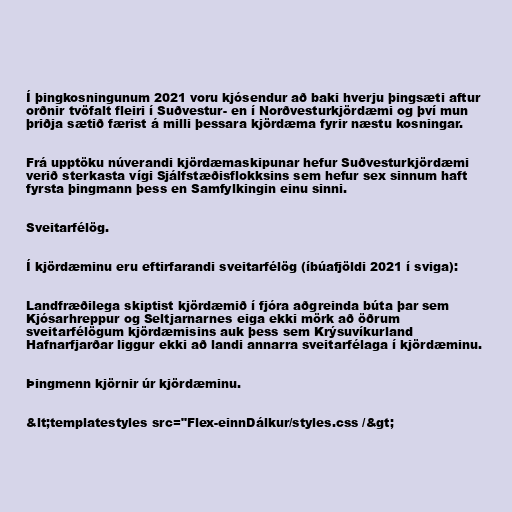
Í þingkosningunum 2021 voru kjósendur að baki hverju þingsæti aftur
orðnir tvöfalt fleiri í Suðvestur- en í Norðvesturkjördæmi og því mun
þriðja sætið færist á milli þessara kjördæma fyrir næstu kosningar.

Frá upptöku núverandi kjördæmaskipunar hefur Suðvesturkjördæmi
verið sterkasta vígi Sjálfstæðisflokksins sem hefur sex sinnum haft
fyrsta þingmann þess en Samfylkingin einu sinni.

Sveitarfélög.

Í kjördæminu eru eftirfarandi sveitarfélög (íbúafjöldi 2021 í sviga):

Landfræðilega skiptist kjördæmið í fjóra aðgreinda búta þar sem
Kjósarhreppur og Seltjarnarnes eiga ekki mörk að öðrum
sveitarfélögum kjördæmisins auk þess sem Krýsuvíkurland
Hafnarfjarðar liggur ekki að landi annarra sveitarfélaga í kjördæminu.

Þingmenn kjörnir úr kjördæminu.

&lt;templatestyles src="Flex-einnDálkur/styles.css /&gt;